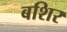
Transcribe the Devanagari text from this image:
बशिर